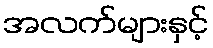
အလက်များနှင့်